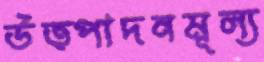
উত্পাদনমূল্য